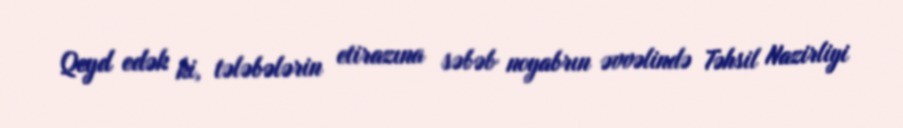
Qeyd edək ki, tələbələrin etirazına səbəb noyabrın əvvəlində Təhsil Nazirliyi